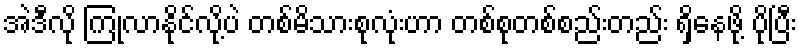
အဲဒီလို ကြုံလာနိုင်လို့ပဲ တစ်မိသားစုလုံးဟာ တစ်စုတစ်စည်းတည်း ရှိနေဖို့ ပိုပြီး